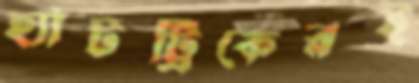
হ্যাটট্রিকেরই